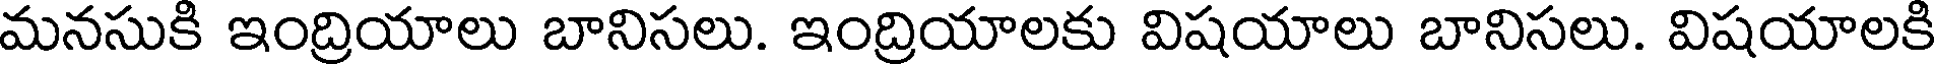
మనసుకి ఇంద్రియాలు బానిసలు. ఇంద్రియాలకు విషయాలు బానిసలు. విషయాలకి